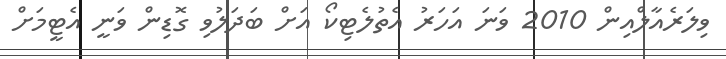
ވިލަރެއާލްއިން 2010 ވަނަ އަހަރު އެތުލެޓިކޯ އަށް ބަދަލުވި ގޮޑިން ވަނީ އެޓީމަށް